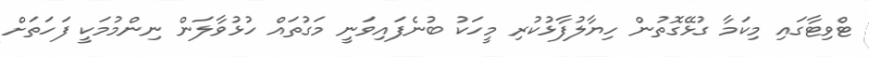
ޓްވިޓާގައި މިކަމާ ގުޅޭގޮތުން ހިޔާލުފާޅުކުރި މީހަކު ބުނެފައިވަނީ މަގުތައް ހުޅުވާލަން ނިންމުމަކީ ފަހަތަށް